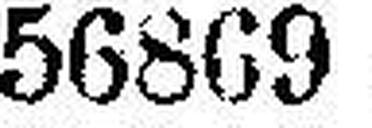
56869